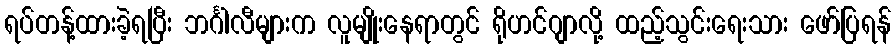
ရပ်တန့်ထားခဲ့ရပြီး ဘင်္ဂါလီများက လူမျိုးနေရာတွင် ရိုဟင်ဂျာလို့ ထည့်သွင်းရေးသား ဖော်ပြရန်